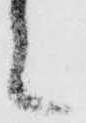
之